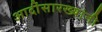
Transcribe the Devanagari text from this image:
आदींसारख्यांनी